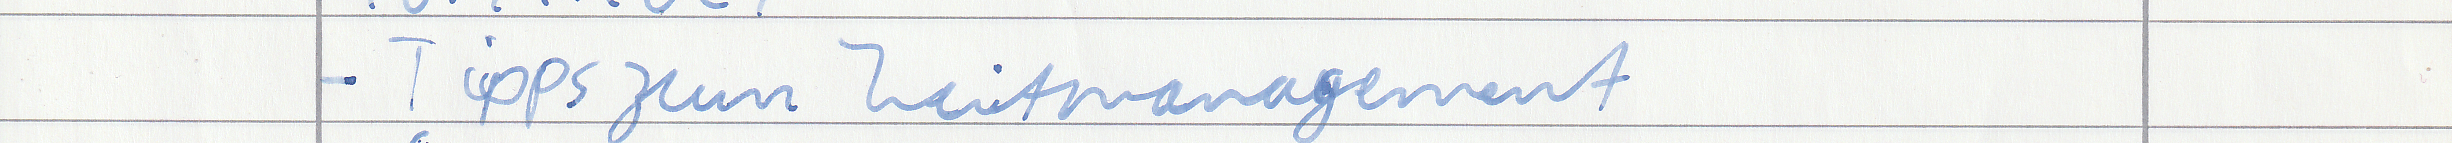
- Tipps zum Zeitmanagement